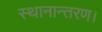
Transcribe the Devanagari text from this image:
स्थानान्तरण।